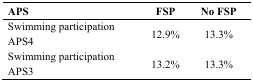
<table><thead><tr><td><b>APS</b></td><td><b>FSP </b></td><td><b>No FSP</b></td></tr></thead><tbody><tr><td>Swimming participation APS4</td><td>12.9%</td><td>13.3%</td></tr><tr><td>Swimming participation APS3</td><td>13.2%</td><td>13.3%</td></tr></tbody></table>